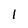
Character: I